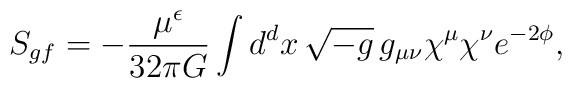
S_{gf} = -  {\mu^\epsilon \over 32\pi G} \int d^d x\,\sqrt{-g}\, g_{\mu\nu} \chi^\mu \chi^\nu  e^{-2\phi},